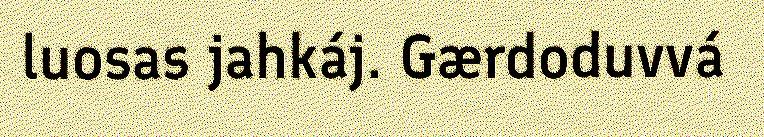
luosas jahkáj. Gærdoduvvá